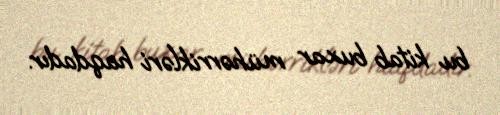
bu kitab buxar mühərrikləri haqdadır.